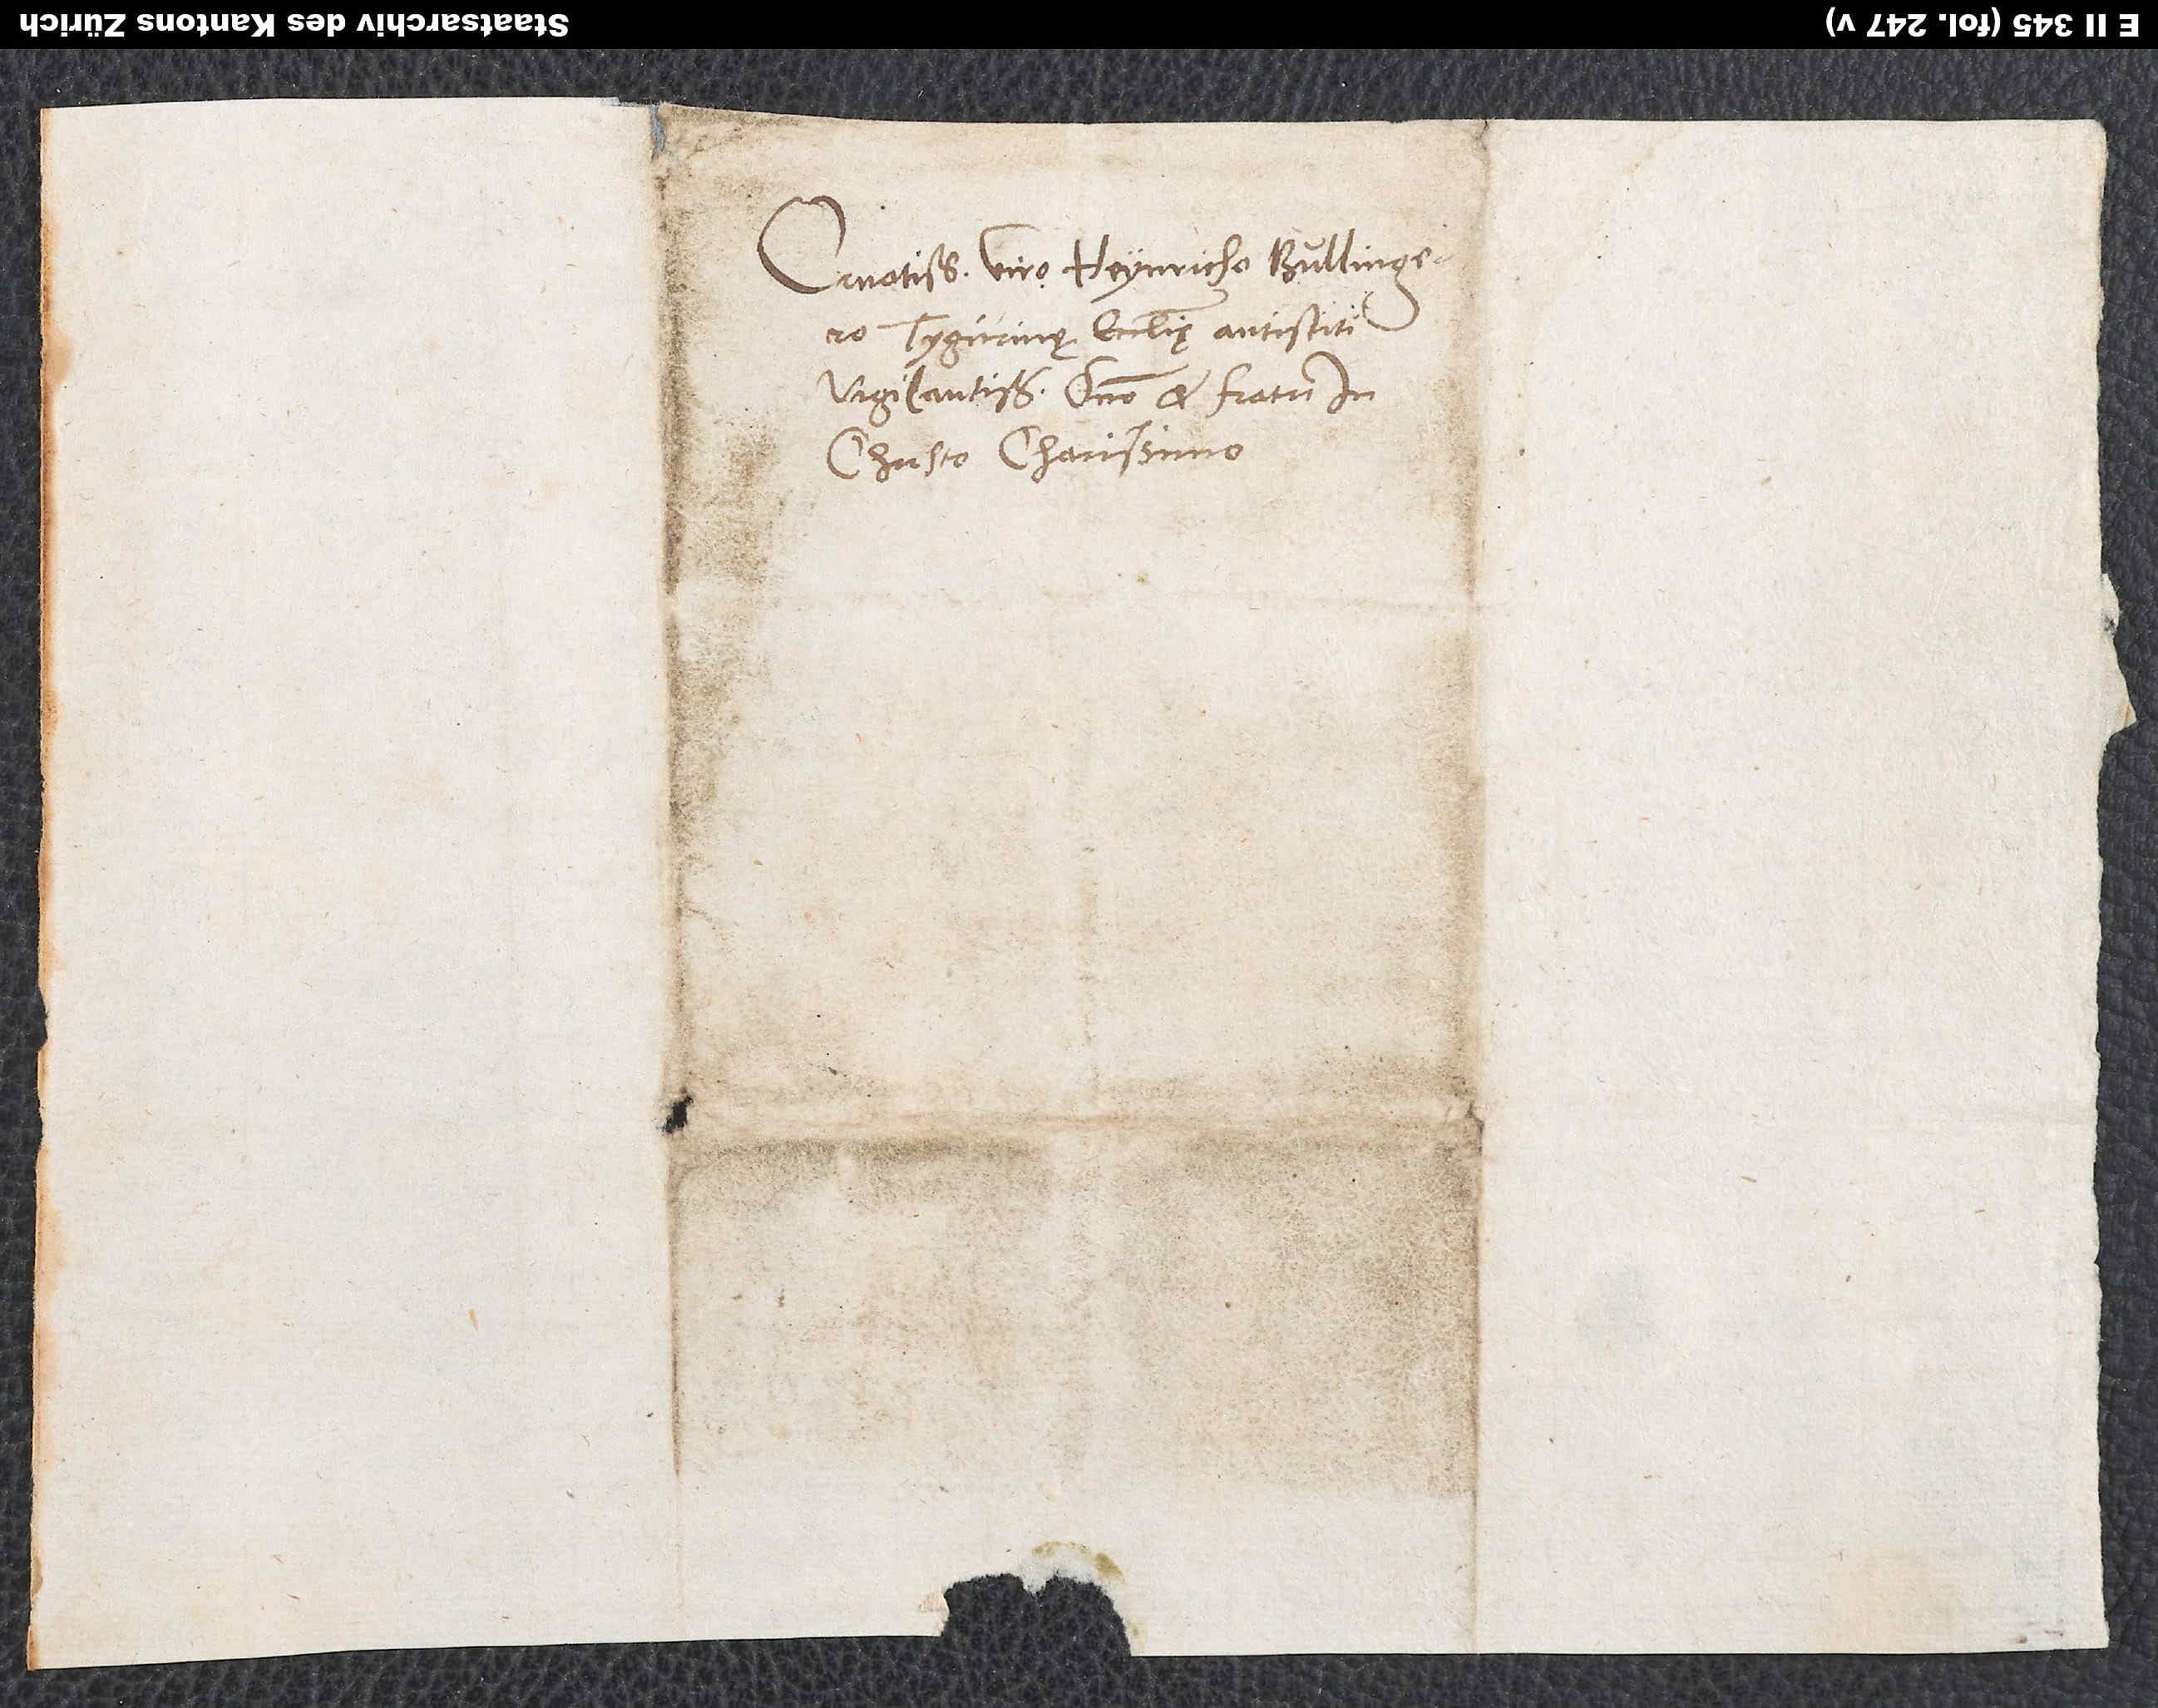
Ornatissimo viro Heynricho Bullingero,
Tigurinę ecclesię antistiti
vigilantissimo, domino et fratri in
Christo charissimo.